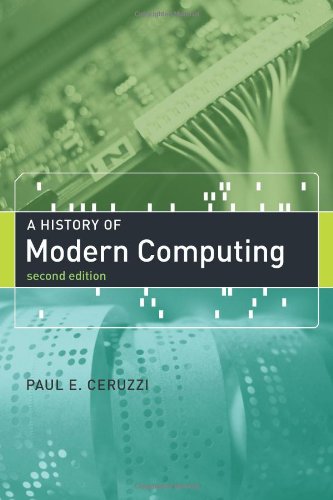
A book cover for A History of Modern Computing (History of Computing); Paul E. Ceruzzi; Computers & Technology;